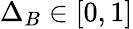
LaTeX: \Delta_{B}\in[0,1]